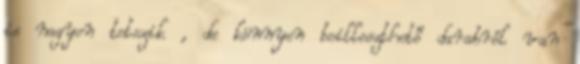
is nagyon tetszik , de könnyen beilleszthető darabról van